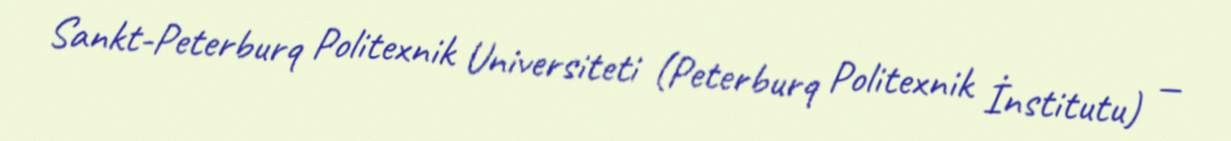
Sankt-Peterburq Politexnik Universiteti (Peterburq Politexnik İnstitutu) —